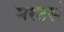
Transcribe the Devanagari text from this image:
मस्टर्स